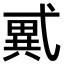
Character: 𢎑